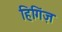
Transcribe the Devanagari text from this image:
हिगिंज़